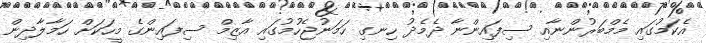
އެކަމުގައި މެމްބަރުންނާއި ސިފައިންނާ ދެމެދު ހިނގި ހަމަނުޖެހުމުގައި އާޒިމް ސިފައިންގެ މީހަކަށް ހަމާލާދިން